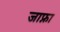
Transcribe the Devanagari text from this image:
जाफ्ना